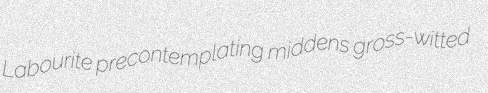
Labourite precontemplating middens gross-witted